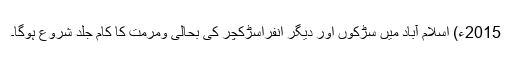
2015ء) اسلام آباد میں سڑکوں اور دیگر انفراسڑکچر کی بحالی ومرمت کا کام جلد شروع ہوگا۔